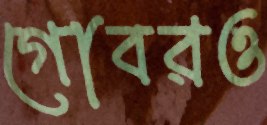
গোবরও